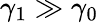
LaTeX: \gamma_{1}\gg\gamma_{0}